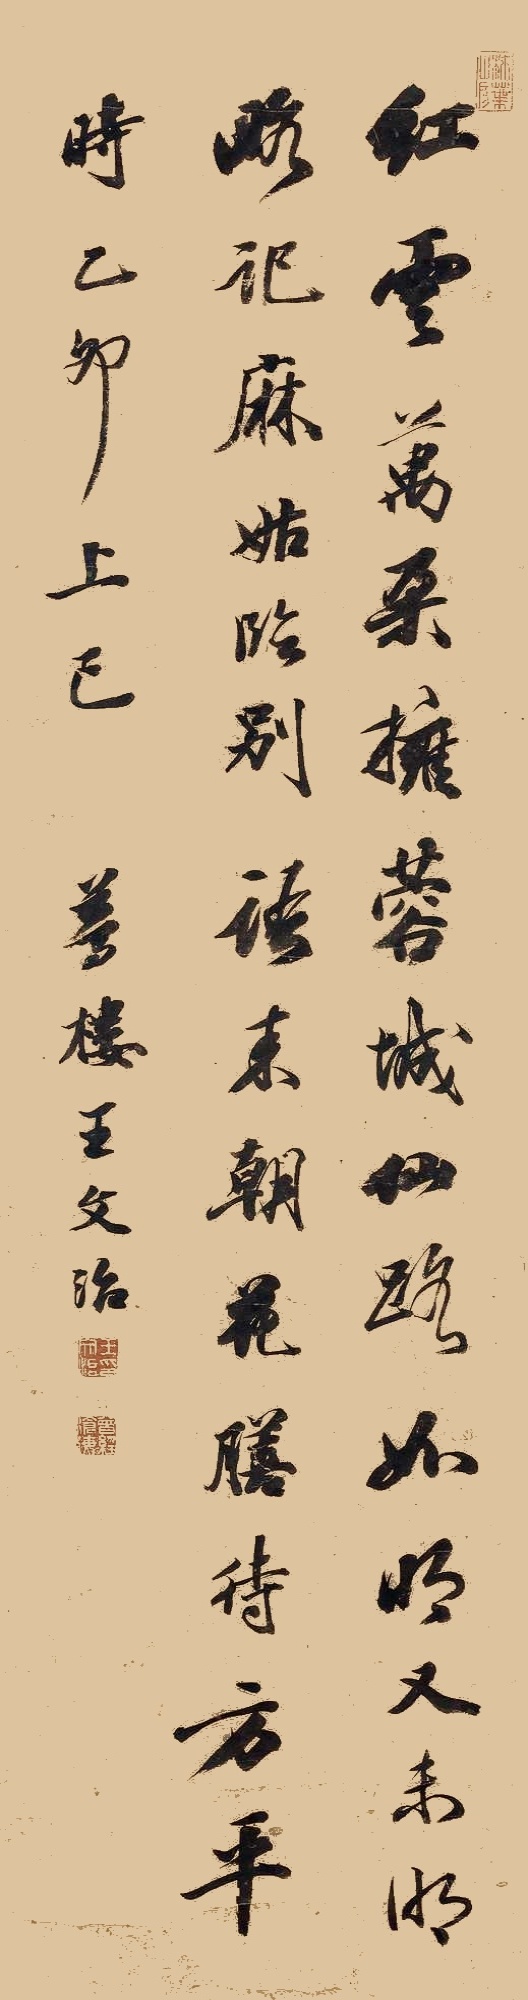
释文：红云万朵拥蓉城，仙路如明又未明。略记麻姑临别语，来朝花膳待方平。时乙卯上巳，梦楼王文治。